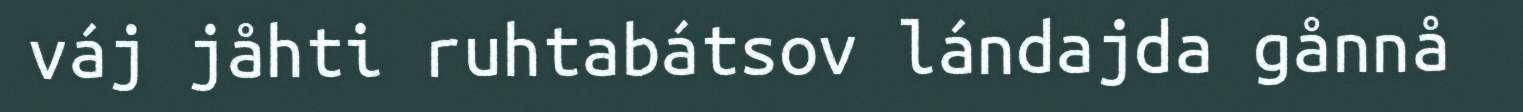
váj jåhti ruhtabátsov lándajda gånnå